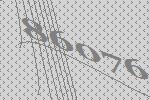
86076